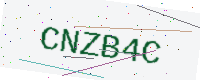
Text: CNZB4C